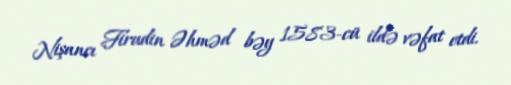
Nişancı Firudin Əhməd bəy 1583-cü ildə vəfat etdi.